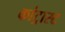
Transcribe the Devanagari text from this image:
कांट्रास्ट